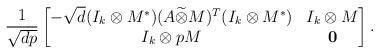
LaTeX: \begin{align*}\frac{1}{\sqrt{d p}}\begin{bmatrix} -\sqrt{d}(I_k\otimes M^*)(A\widetilde{\otimes}M)^T(I_k\otimes M^*)&I_k\otimes M\\ I_k\otimes pM&\bf{0}\end{bmatrix}.\end{align*}